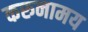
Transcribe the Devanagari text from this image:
करुनामय